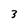
Character: 3